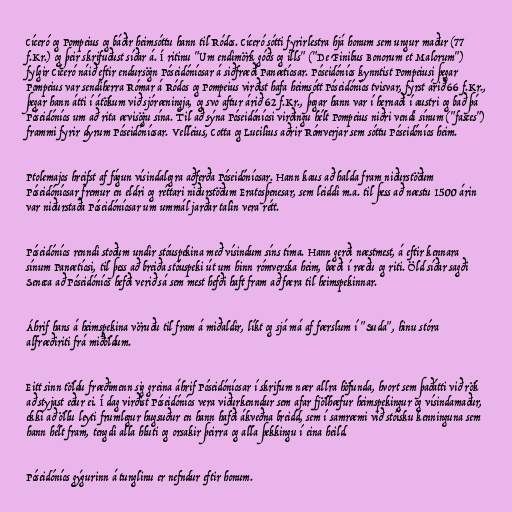
Cíceró og Pompeius og báðir heimsóttu hann til Ródos. Cíceró sótti fyrirlestra hjá honum sem ungur maður (77
f.Kr.) og þeir skrifuðust síðar á. Í ritinu "Um endimörk góðs og ills" ("De Finibus Bonorum et Malorum")
fylgir Cíceró náið eftir endursögn Póseidóníosar á siðfræði Panætíosar. Póseidóníos kynntist Pompeiusi þegar
Pompeius var sendiherra Rómar á Ródos og Pompeius virðist hafa heimsótt Póseidóníos tvisvar, fyrst árið 66 f.Kr.,
þegar hann átti í átökum við sjóræningja, og svo aftur árið 62 f.Kr., þegar hann var í hernaði í austri og bað þá
Póseidóníos um að rita ævisögu sína. Til að sýna Póseidóníosi virðingu hélt Pompeius niðri vendi sínum ("fasces")
frammi fyrir dyrum Póseidóníosar. Velleius, Cotta og Lucilius aðrir Rómverjar sem sóttu Póseidóníos heim.

Ptolemajos hreifst af fágun vísindalegra aðferða Póseidóníosar. Hann kaus að halda fram niðurstöðum
Póseidóníosar fremur en eldri og réttari niðurstöðum Eratosþenesar, sem leiddi m.a. til þess að næstu 1500 árin
var niðurstaða Póseidóníosar um ummál jarðar talin vera rétt.

Póseidóníos renndi stoðum undir stóuspekina með vísindum síns tíma. Hann gerði næstmest, á eftir kennara
sínum Panætíosi, til þess að breiða stóuspeki út um hinn rómverska heim, bæði í ræðu og riti. Öld síðar sagði
Seneca að Póseidóníos hefði verið sá sem mest hefði haft fram að færa til heimspekinnar.

Áhrif hans á heimspekina vöruðu til fram á miðaldir, líkt og sjá má af færslum í "Suda", hinu stóra
alfræðiriti frá miðöldum.

Eitt sinn töldu fræðimenn sig greina áhrif Póseidóníosar í skrifum nær allra höfunda, hvort sem þaðátti við rök
að styjast eður ei. Í dag virðist Póseidóníos vera viðurkenndur sem afar fjölhæfur heimspekingur og vísindamaður,
ekki að öllu leyti frumlegur hugsuður en hann hafði ákveðna breidd, sem í samræmi við stóísku kenninguna sem
hann hélt fram, tengdi alla hluti og orsakir þeirra og alla þekkingu í eina heild.

Póseidóníos gýgurinn á tunglinu er nefndur eftir honum.